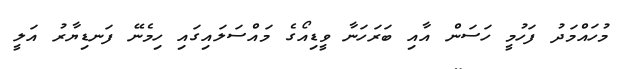
މުހައްމަދު ފަހުމީ ހަސަން އާއި ބަރަހަނާ ވީޑިއޯގެ މައްސަލައިގައި ހިމެނޭ ފަނޑިޔާރު އަލީ